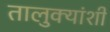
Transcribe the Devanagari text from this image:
तालुक्यांशी